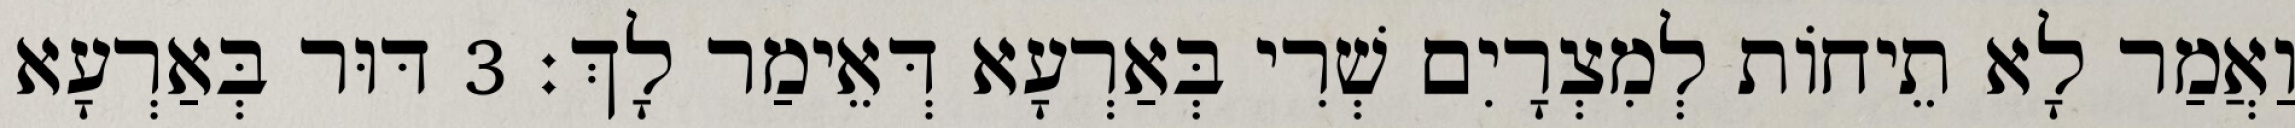
וַאֲמַר לָא תֵיחוֹת לְמִצְרָיִם שְׁרִי בְּאַרְעָא דְּאֵימַר לָךְ׃ 3 דּוּר בְּאַרְעָא